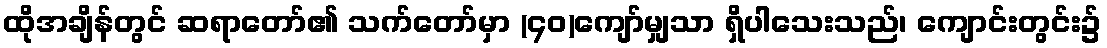
ထိုအချိန်တွင် ဆရာတော်၏ သက်တော်မှာ (၄၀)ကျော်မျှသာ ရှိပါသေးသည်၊ ကျောင်းတွင်း၌